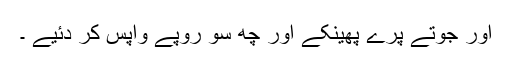
اور جوتے پرے پھینکے اور چھ سو روپے واپس کر دئیے ۔